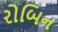
રોબિન